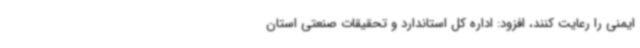
ایمنی را رعایت کنند، افزود: اداره کل استاندارد و تحقیقات صنعتی استان